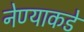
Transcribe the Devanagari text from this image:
नेण्याकडे